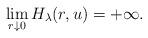
LaTeX: \begin{align*}\lim_{r \downarrow 0} H_\lambda(r, u) = +\infty.\end{align*}